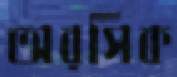
অরসিক